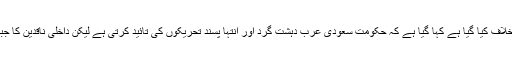
ایک ردعمل میں جو نمبر کی سزائے موت کے خلاف کیا گیا ہے کہا گیا ہے کہ حکومت سعودی عرب دہشت گرد اور انتہا پسند تحریکوں کی تائید کرتی ہے لیکن داخلی ناقدین کا جبر اور سزائے موت کے ذریعہ مقابلہ کرتی ہے ۔